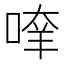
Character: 𠶿